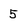
Character: 5